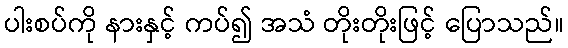
ပါးစပ်ကို နားနှင့် ကပ်၍ အသံ တိုးတိုးဖြင့် ပြောသည်။